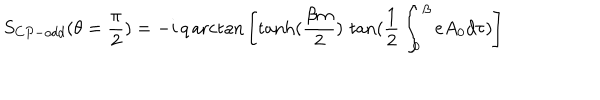
S _ { C P - o d d } ( \theta = \frac { \pi } { 2 } ) = - i \, q \, \mathrm { a r c t a n } \left[ \tanh ( \frac { \beta m } { 2 } ) \, \tan ( \frac { 1 } { 2 } \int _ { 0 } ^ { \beta } e A _ { 0 } d \tau ) \right]